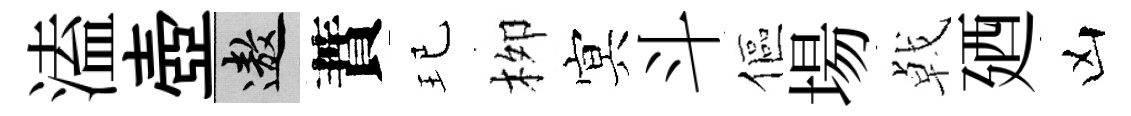
溘壺遨蕡玘栁㝠斗傴場㦸廼凶